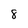
Character: 8